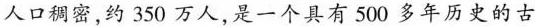
人口稠密，约350万人，是一个具有500多年历史的古